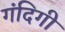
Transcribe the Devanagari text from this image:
गंदिगी